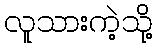
လူသားကဲ့သို့